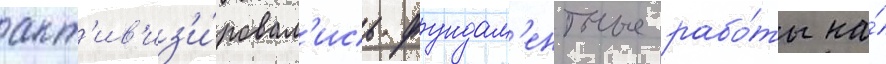
акт'ив'из'и́ровал'ись фундам'ентные рабо́ты на́